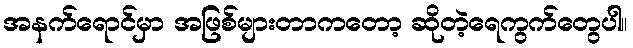
အနက်ရောင်မှာ အဖြစ်များတာကတော့ ဆိုတဲ့ရေကွက်တွေပါ။